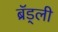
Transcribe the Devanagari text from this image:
ब्रॅड्ली